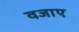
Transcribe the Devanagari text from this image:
वजाए